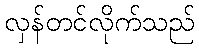
လှန်တင်လိုက်သည်